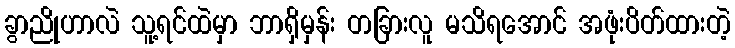
ခွာညိုဟာလဲ သူ့ရင်ထဲမှာ ဘာရှိမှန်း တခြားလူ မသိရအောင် အဖုံးပိတ်ထားတဲ့